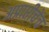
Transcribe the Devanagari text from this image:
अप्राप्तीचेंच